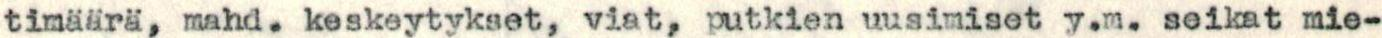
timäärä, mahd. keskeytykset, viat, putkien uusimiset y.m. seikat mie-